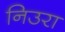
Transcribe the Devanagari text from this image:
निउरा